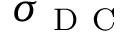
\sigma _ { \mathrm { ~ D ~ C ~ } }